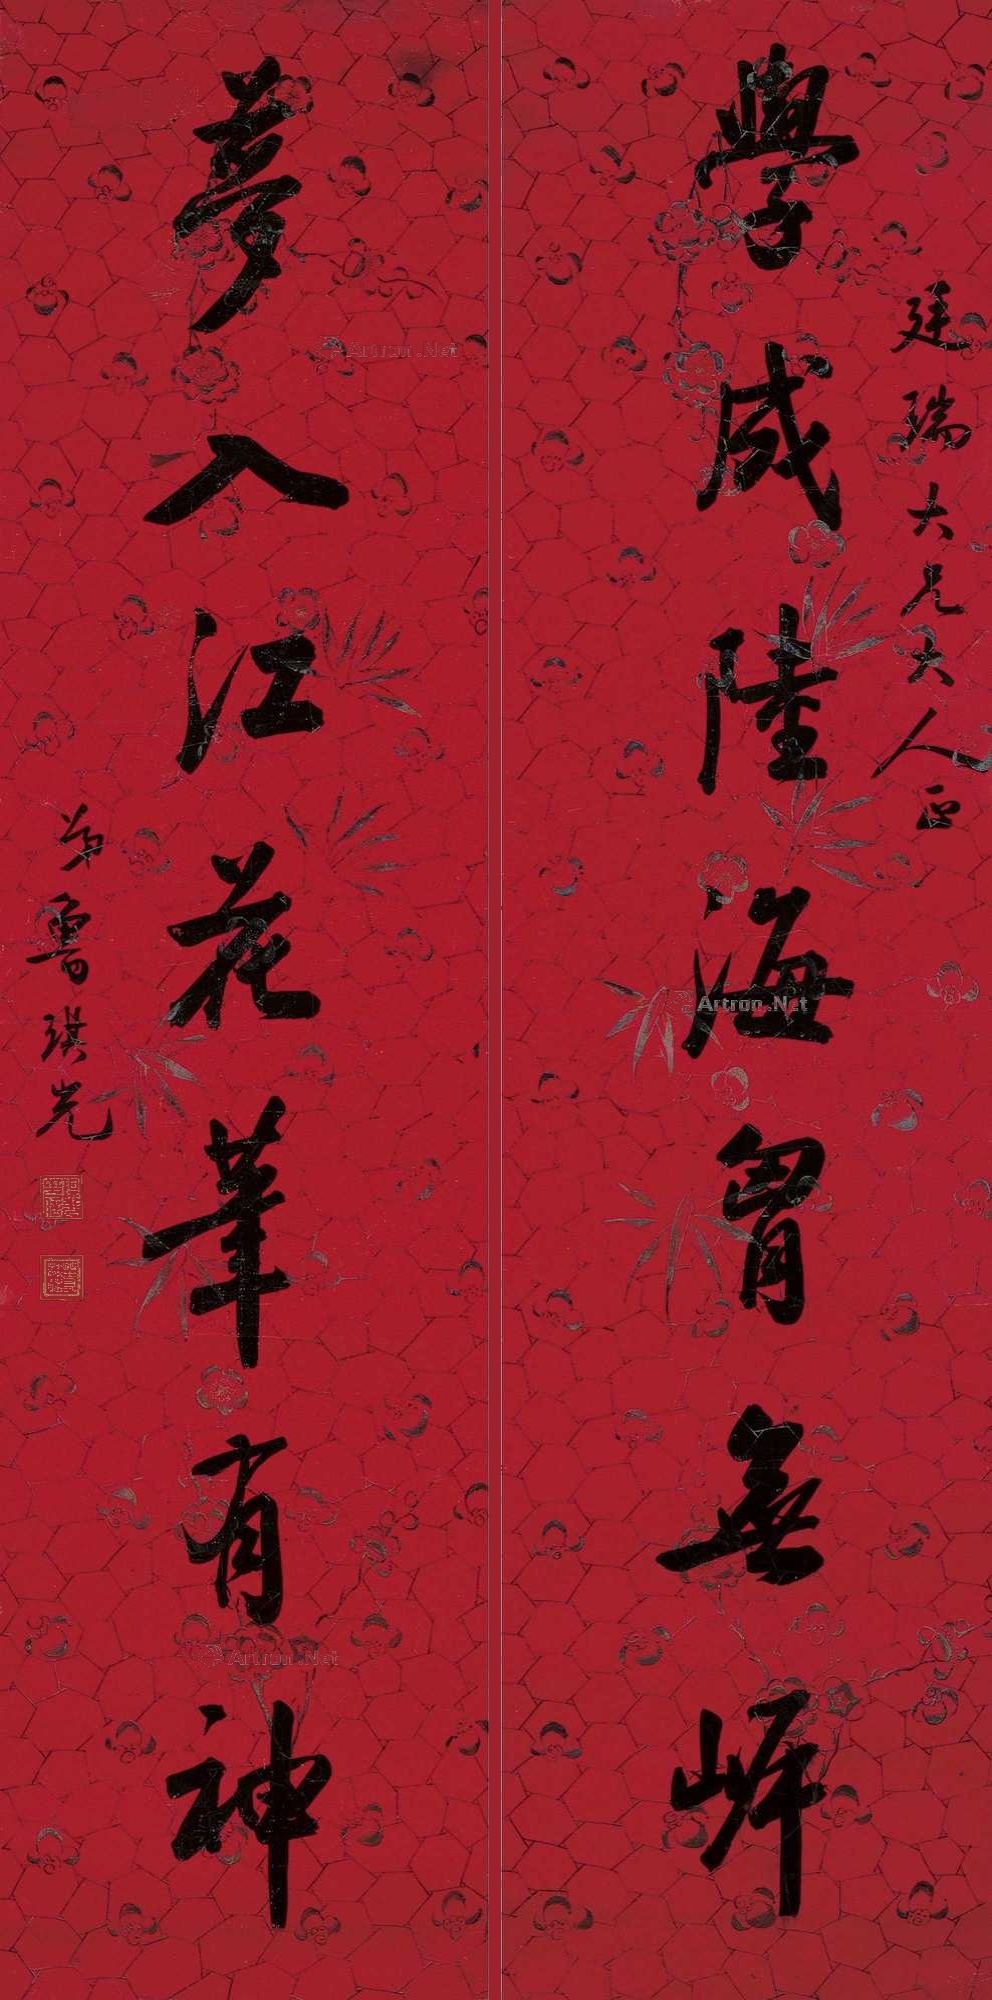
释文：学成陆海胸无岸，梦入江花笔有神。廷瑞大兄大人正，弟鲁琪光。